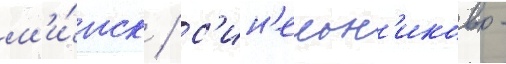
м'и́нск / с'ин'ельн'иково -